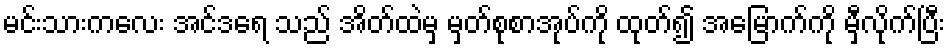
မင်းသားကလေး အင်ဒရေ သည် အိတ်ထဲမှ မှတ်စုစာအုပ်ကို ထုတ်၍ အမြောက်ကို မှီလိုက်ပြီး